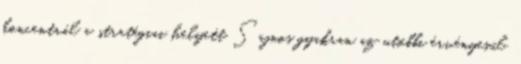
koncentrál a stratégiai helyett Sajnos gyakran az utóbbi érvényesül.